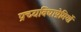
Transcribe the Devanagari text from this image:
प्रच्यविद्याप्रेमियों